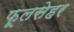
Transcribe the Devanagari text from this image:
फूलसेहर